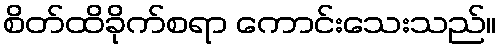
စိတ်ထိခိုက်စရာ ကောင်းသေးသည်။